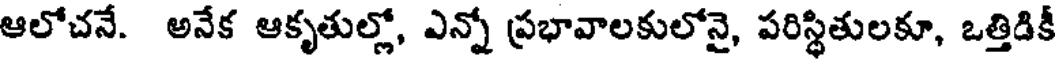
ఆలోచనే. అనేక ఆకృతుల్లో, ఎన్నో ప్రభావాలకులోనై, పరిస్థితులకూ, ఒత్తిడికీ